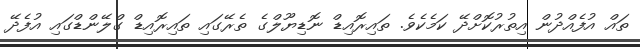
ތައް އުފެއްދުން އިތުރުކޮށްދޭ ކަމެކެވެ. ތައިރޮއިޑް ނޮޑިޔޫލްގެ ތެރޭގައި ތައިރޮއިޑް ގްލޭންޑްގައި އުފެދޭ